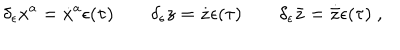
\delta _ { \epsilon } x ^ { a } = \dot { x } ^ { a } \epsilon ( \tau ) \qquad \delta _ { \epsilon } z = \dot { z } \epsilon ( \tau ) \qquad \delta _ { \epsilon } \bar { z } = \dot { \bar { z } } \epsilon ( \tau ) \; ,